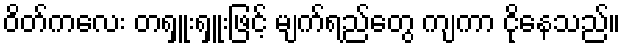
ဝိတ်ကလေး တရှူးရှူးဖြင့် မျက်ရည်တွေ ကျကာ ငိုနေသည်။